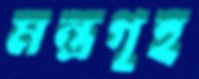
মন্ত্রগৃহ